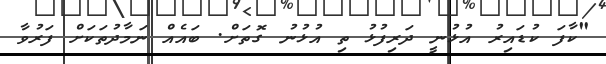
"ކާފަ ކުޑައިރު އުޅުނީ ދަރިފުޅު ތި އުޅުނު ގޮތަށް. ބައެއް ނަމާދުތަކަށް ފަރުވާ